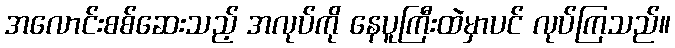
အလောင်းစစ်ဆေးသည့် အလုပ်ကို နေပူကြီးထဲမှာပင် လုပ်ကြသည်။